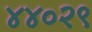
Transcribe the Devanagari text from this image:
४४०२९